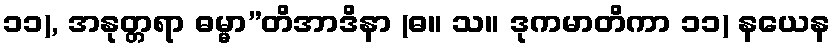
၁၁), အနုတ္တရာ ဓမ္မာ”တိအာဒိနာ (ဓ။ သ။ ဒုကမာတိကာ ၁၁) နယေန